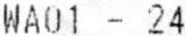
WA01 - 24